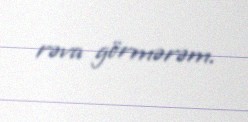
rəva görmərəm.